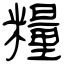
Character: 糧